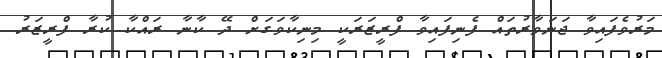
މަރުވެފައިވާ ޖަނަވާރުތައް ފެނިފައިވާ ފްރީޒަރަކީ މިނިކާވަގަށް ދޭ ކާނާ ރައްކާ ކުރާ ފްރީޒަރު